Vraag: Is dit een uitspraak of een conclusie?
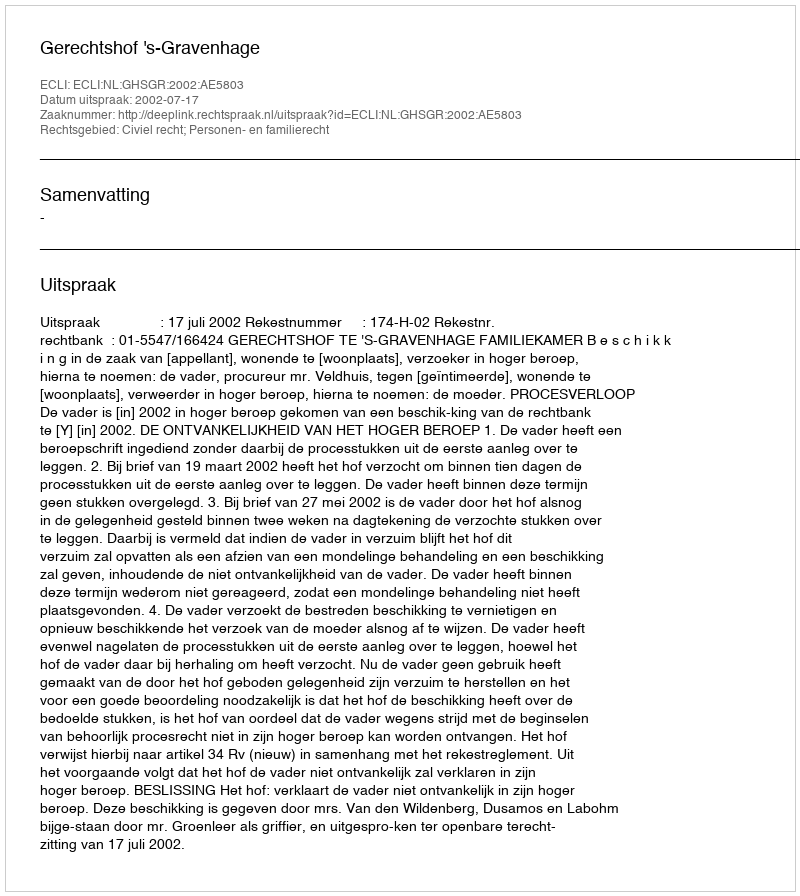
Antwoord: Uitspraak